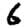
Digit: 6